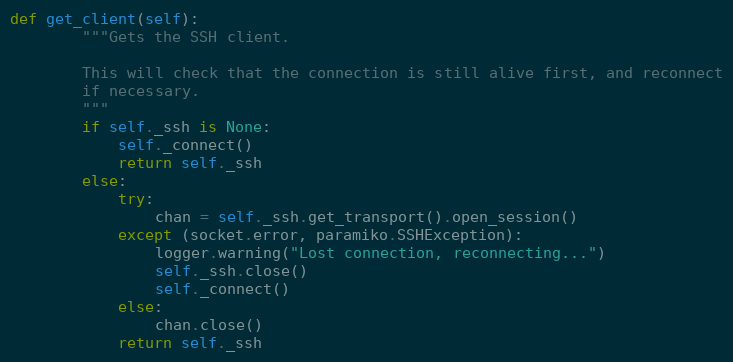
Language: Python
def get_client(self):
        """Gets the SSH client.

        This will check that the connection is still alive first, and reconnect
        if necessary.
        """
        if self._ssh is None:
            self._connect()
            return self._ssh
        else:
            try:
                chan = self._ssh.get_transport().open_session()
            except (socket.error, paramiko.SSHException):
                logger.warning("Lost connection, reconnecting...")
                self._ssh.close()
                self._connect()
            else:
                chan.close()
            return self._ssh